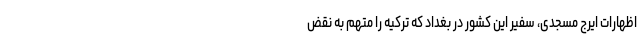
اظهارات ایرج مسجدی، سفیر این کشور در بغداد که ترکیه را متهم به نقض